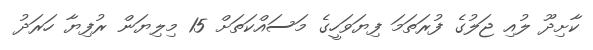
ކާށިދޫ ލުއި ޖަލުގެ ފުރަތަމަ ފިޔަވަހީގެ މަސައްކަތަށް 15 މިލިޔަން ރުފިޔާ ހަރަދު